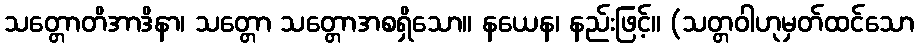
သတ္တောတိအာဒိနာ၊ သတ္တော သတ္တောအစရှိသော။ နယေန၊ နည်းဖြင့်။ (သတ္တဝါဟုမှတ်ထင်သော